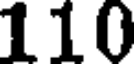
110